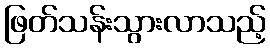
ဖြတ်သန်းသွားလာသည့်